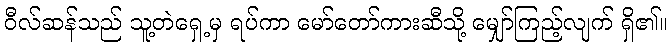
ဝီလ်ဆန်သည် သူ့တဲရှေ့မှ ရပ်ကာ မော်တော်ကားဆီသို့ မျှော်ကြည့်လျက် ရှိ၏။